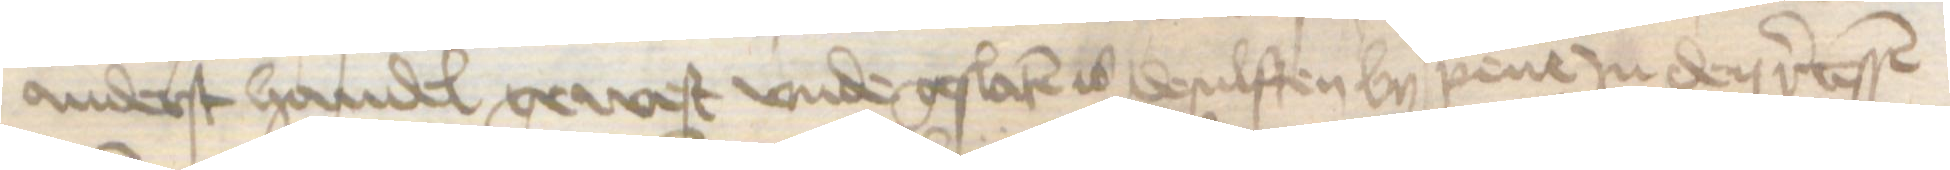
anderst handel gewest vnde geslaten is desulften by pene Jn den recessen